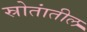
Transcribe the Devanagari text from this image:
स्रोतांतील